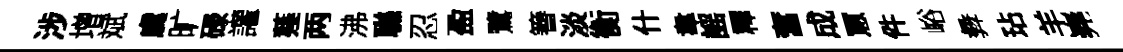
涉增斌虞旷碌讙薤两沸聮忍盈鷺簮淡衡什韋謡釋奮成罳件峪彜玷羊嶤